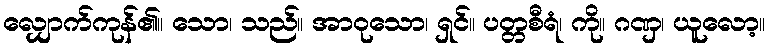
လျှောက်ကုန်၏။ သော၊ သည်။ အာဝုသော၊ ရှင်။ ပတ္တစီရံ၊ ကို။ ဂဏှ၊ ယူလော့။